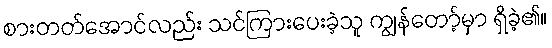
စားတတ်အောင်လည်း သင်ကြားပေးခဲ့သူ ကျွန်တော့်မှာ ရှိခဲ့၏။